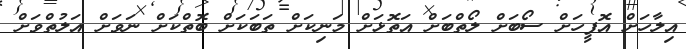
އިލާހަށް އޮފީހަށް ސޯބަށް ލޯތްބަށް އަތޮޅަށް މަނިކަށް ތަބަކަށް ބޮތްކަށް ނަވަށް އަލުތްވަށް